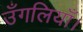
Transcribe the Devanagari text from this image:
उँगलियाँ।